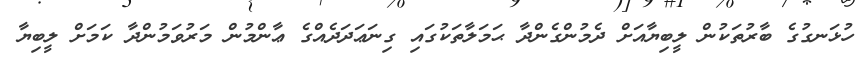
ހުޅަނގުގެ ބާރުތަކުން ލީބިޔާއަށް ދެމުންގެންދާ ޙަމަލާތަކުގައި ގިނަޢަދަދެއްގެ ޢާންމުން މަރުވަމުންދާ ކަމަށް ލީބިޔާ